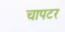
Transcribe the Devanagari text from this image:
चापटर